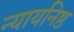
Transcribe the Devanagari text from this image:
न्यायनिष्ठ